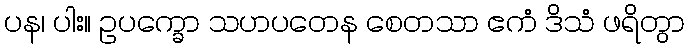
ပန၊ ပါး။ ဥပက္ခော သဟပတေန စေတသာ ဧကံ ဒိသံ ဖရိတွာ